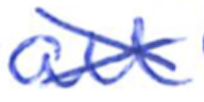
Text: all
Cross-out: cross
Writing tool: ballpoint